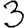
Digit: 3